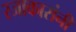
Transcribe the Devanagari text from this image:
रजाकारांनी